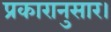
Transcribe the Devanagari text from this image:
प्रकारानुसार।